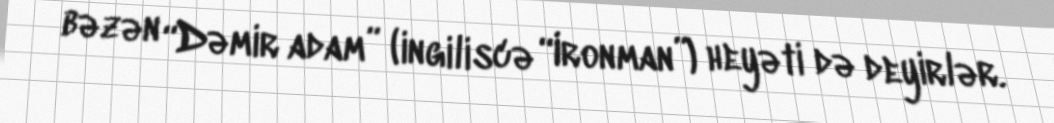
bəzən “Dəmir adam” (ingiliscə “Ironman”) heyəti də deyirlər.